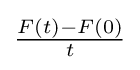
{\tfrac {F(t)-F(0)}{t}}